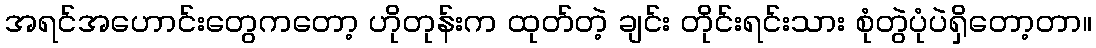
အရင်အဟောင်းတွေကတော့ ဟိုတုန်းက ထုတ်တဲ့ ချင်း တိုင်းရင်းသား စုံတွဲပုံပဲရှိတော့တာ။